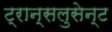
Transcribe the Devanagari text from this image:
ट्रान्सलुसेन्ट